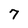
Character: 7